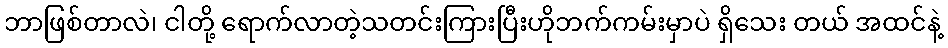
ဘာဖြစ်တာလဲ၊ ငါတို့ ရောက်လာတဲ့သတင်းကြားပြီးဟိုဘက်ကမ်းမှာပဲ ရှိသေး တယ် အထင်နဲ့